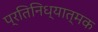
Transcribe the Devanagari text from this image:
प्रतिनिध्यात्मक